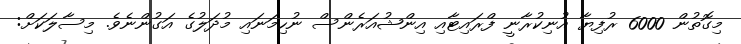
މިގޮތުން 6000 ރުފިޔާ އުނިކުރާނީ ފްރައިޓާއި އިންޝުއަރެންސް ނުހިމަނައި މުދަލުގެ އަގުންނެވެ. މިސާލަކަށް: